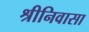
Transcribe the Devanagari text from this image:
श्रीनिवासा